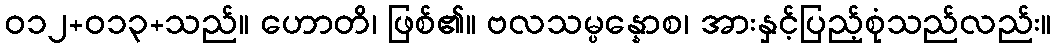
ဝ၁၂+၀၁၃+သည်။ ဟောတိ၊ ဖြစ်၏။ ဗလသမ္ပန္နောစ၊ အားနှင့်ပြည့်စုံသည်လည်း။